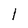
Character: l